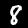
Label: 8